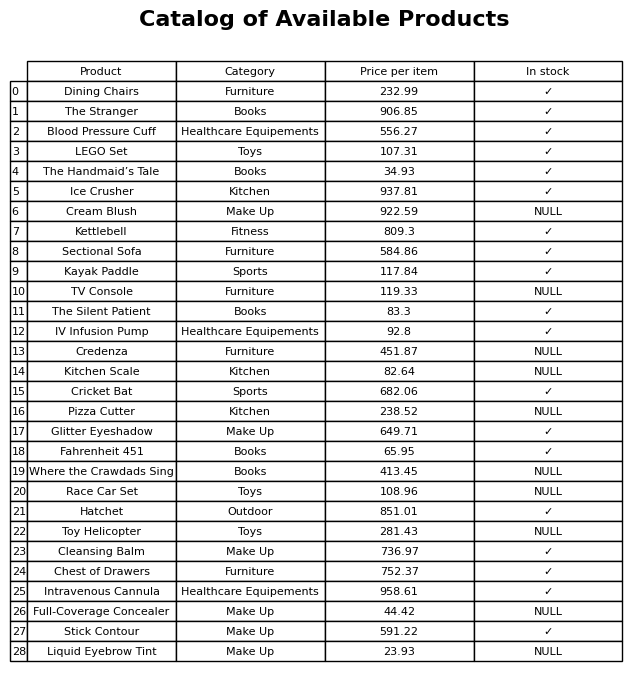
question: Is the Cricket Bat in stock?
answer: ✓